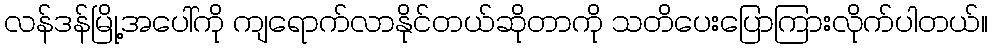
လန်ဒန်မြို့အပေါ်ကို ကျရောက်လာနိုင်တယ်ဆိုတာကို သတိပေးပြောကြားလိုက်ပါတယ်။